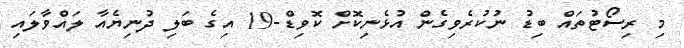
މި ރިސޯޓުތައް ބިޑު ނުކުރެވިގެން އުޅެނިކޮށް ކޮވިޑް-19 އިގެ ބަލި ދުނިޔެއާ ލައްވާލައި